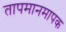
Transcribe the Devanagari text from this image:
तापमानमापक